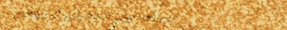
محلات بيع الملابس الرياضي